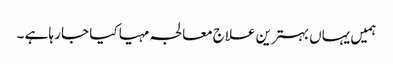
ہمیں یہاں بہترین علاج معالجہ مہیا کیا جا رہا ہے ۔